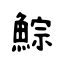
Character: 鯮